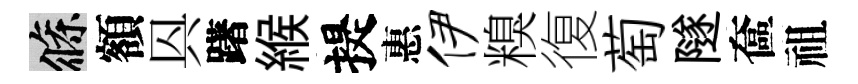
條額㒷躇緱提惠伊糗復萄隧奩祖